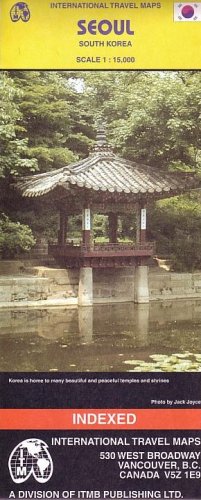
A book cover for Seoul Map by ITMB (Travel Reference Map) (Travel Reference Map); International Travel Maps; Travel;